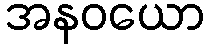
အနဝယော